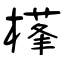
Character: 樥